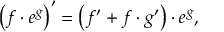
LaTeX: \left( f \cdot e ^ { g } \right) ^ { \prime } = \left( f ^ { \prime } + f \cdot g ^ { \prime } \right) \cdot e ^ { g } ,